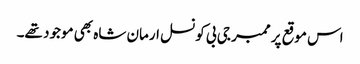
اس موقع پر ممبر جی بی کونسل ارمان شاہ بھی موجود تھے۔